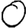
Digit: 0